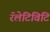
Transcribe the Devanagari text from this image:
रॅलेटिविटि